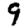
Digit: 9